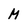
Character: M